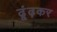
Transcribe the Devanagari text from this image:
ढूंढ़कर